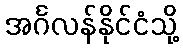
အင်္ဂလန်နိုင်ငံသို့